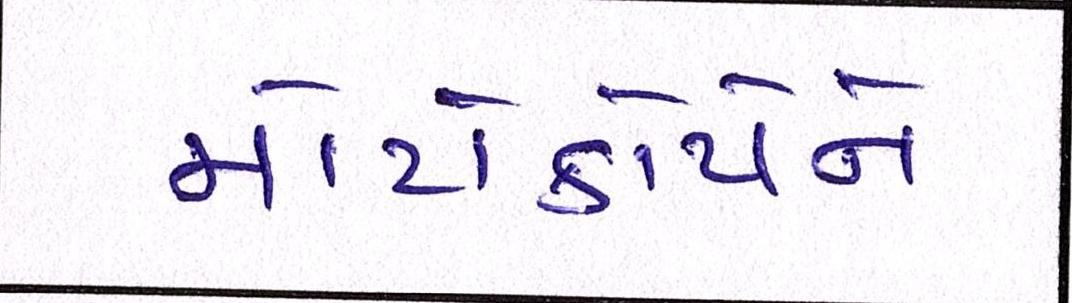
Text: મોટોકોર્પને